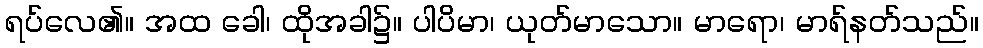
ရပ်လေ၏။ အထ ခေါ၊ ထိုအခါ၌။ ပါပိမာ၊ ယုတ်မာသော။ မာရော၊ မာရ်နတ်သည်။